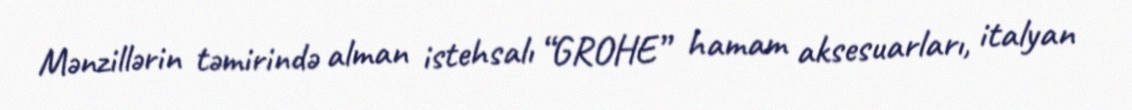
Mənzillərin təmirində alman istehsalı “GROHE” hamam aksesuarları, italyan